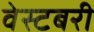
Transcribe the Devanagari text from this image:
वेस्टबरी